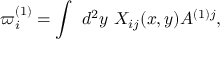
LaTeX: \varpi _ { i } ^ { ( 1 ) } = \int \ d ^ { 2 } y \ X _ { i j } ( x , y ) A ^ { ( 1 ) j } ,